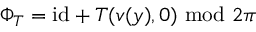
\Phi _ { T } = \mathrm { i d } + T ( v ( y ) , 0 ) \ \mathrm { m o d } \ 2 \pi